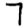
Digit: 7